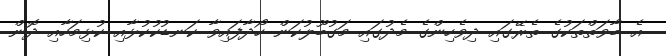
އެ ބާވަތްތަކުގެ ތެރޭގައި ދިވެހިންގެ މެދުގައި މަގުބޫލުކަން ހޯދާފައިވާ ކަނޑުކުކުޅާއި ކުޅިމަހާއި ދޮން